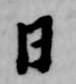
日